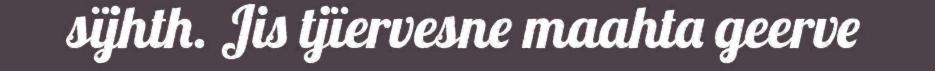
sïjhth. Jis tjïervesne maahta geerve